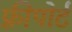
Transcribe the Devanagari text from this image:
फ़्रीपोर्ट